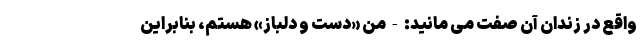
واقع در زندان آن صفت می مانید: - من «دست و دلباز» هستم، بنابراین